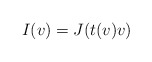
\begin{align*} I(v) = J(t(v)v)\end{align*}